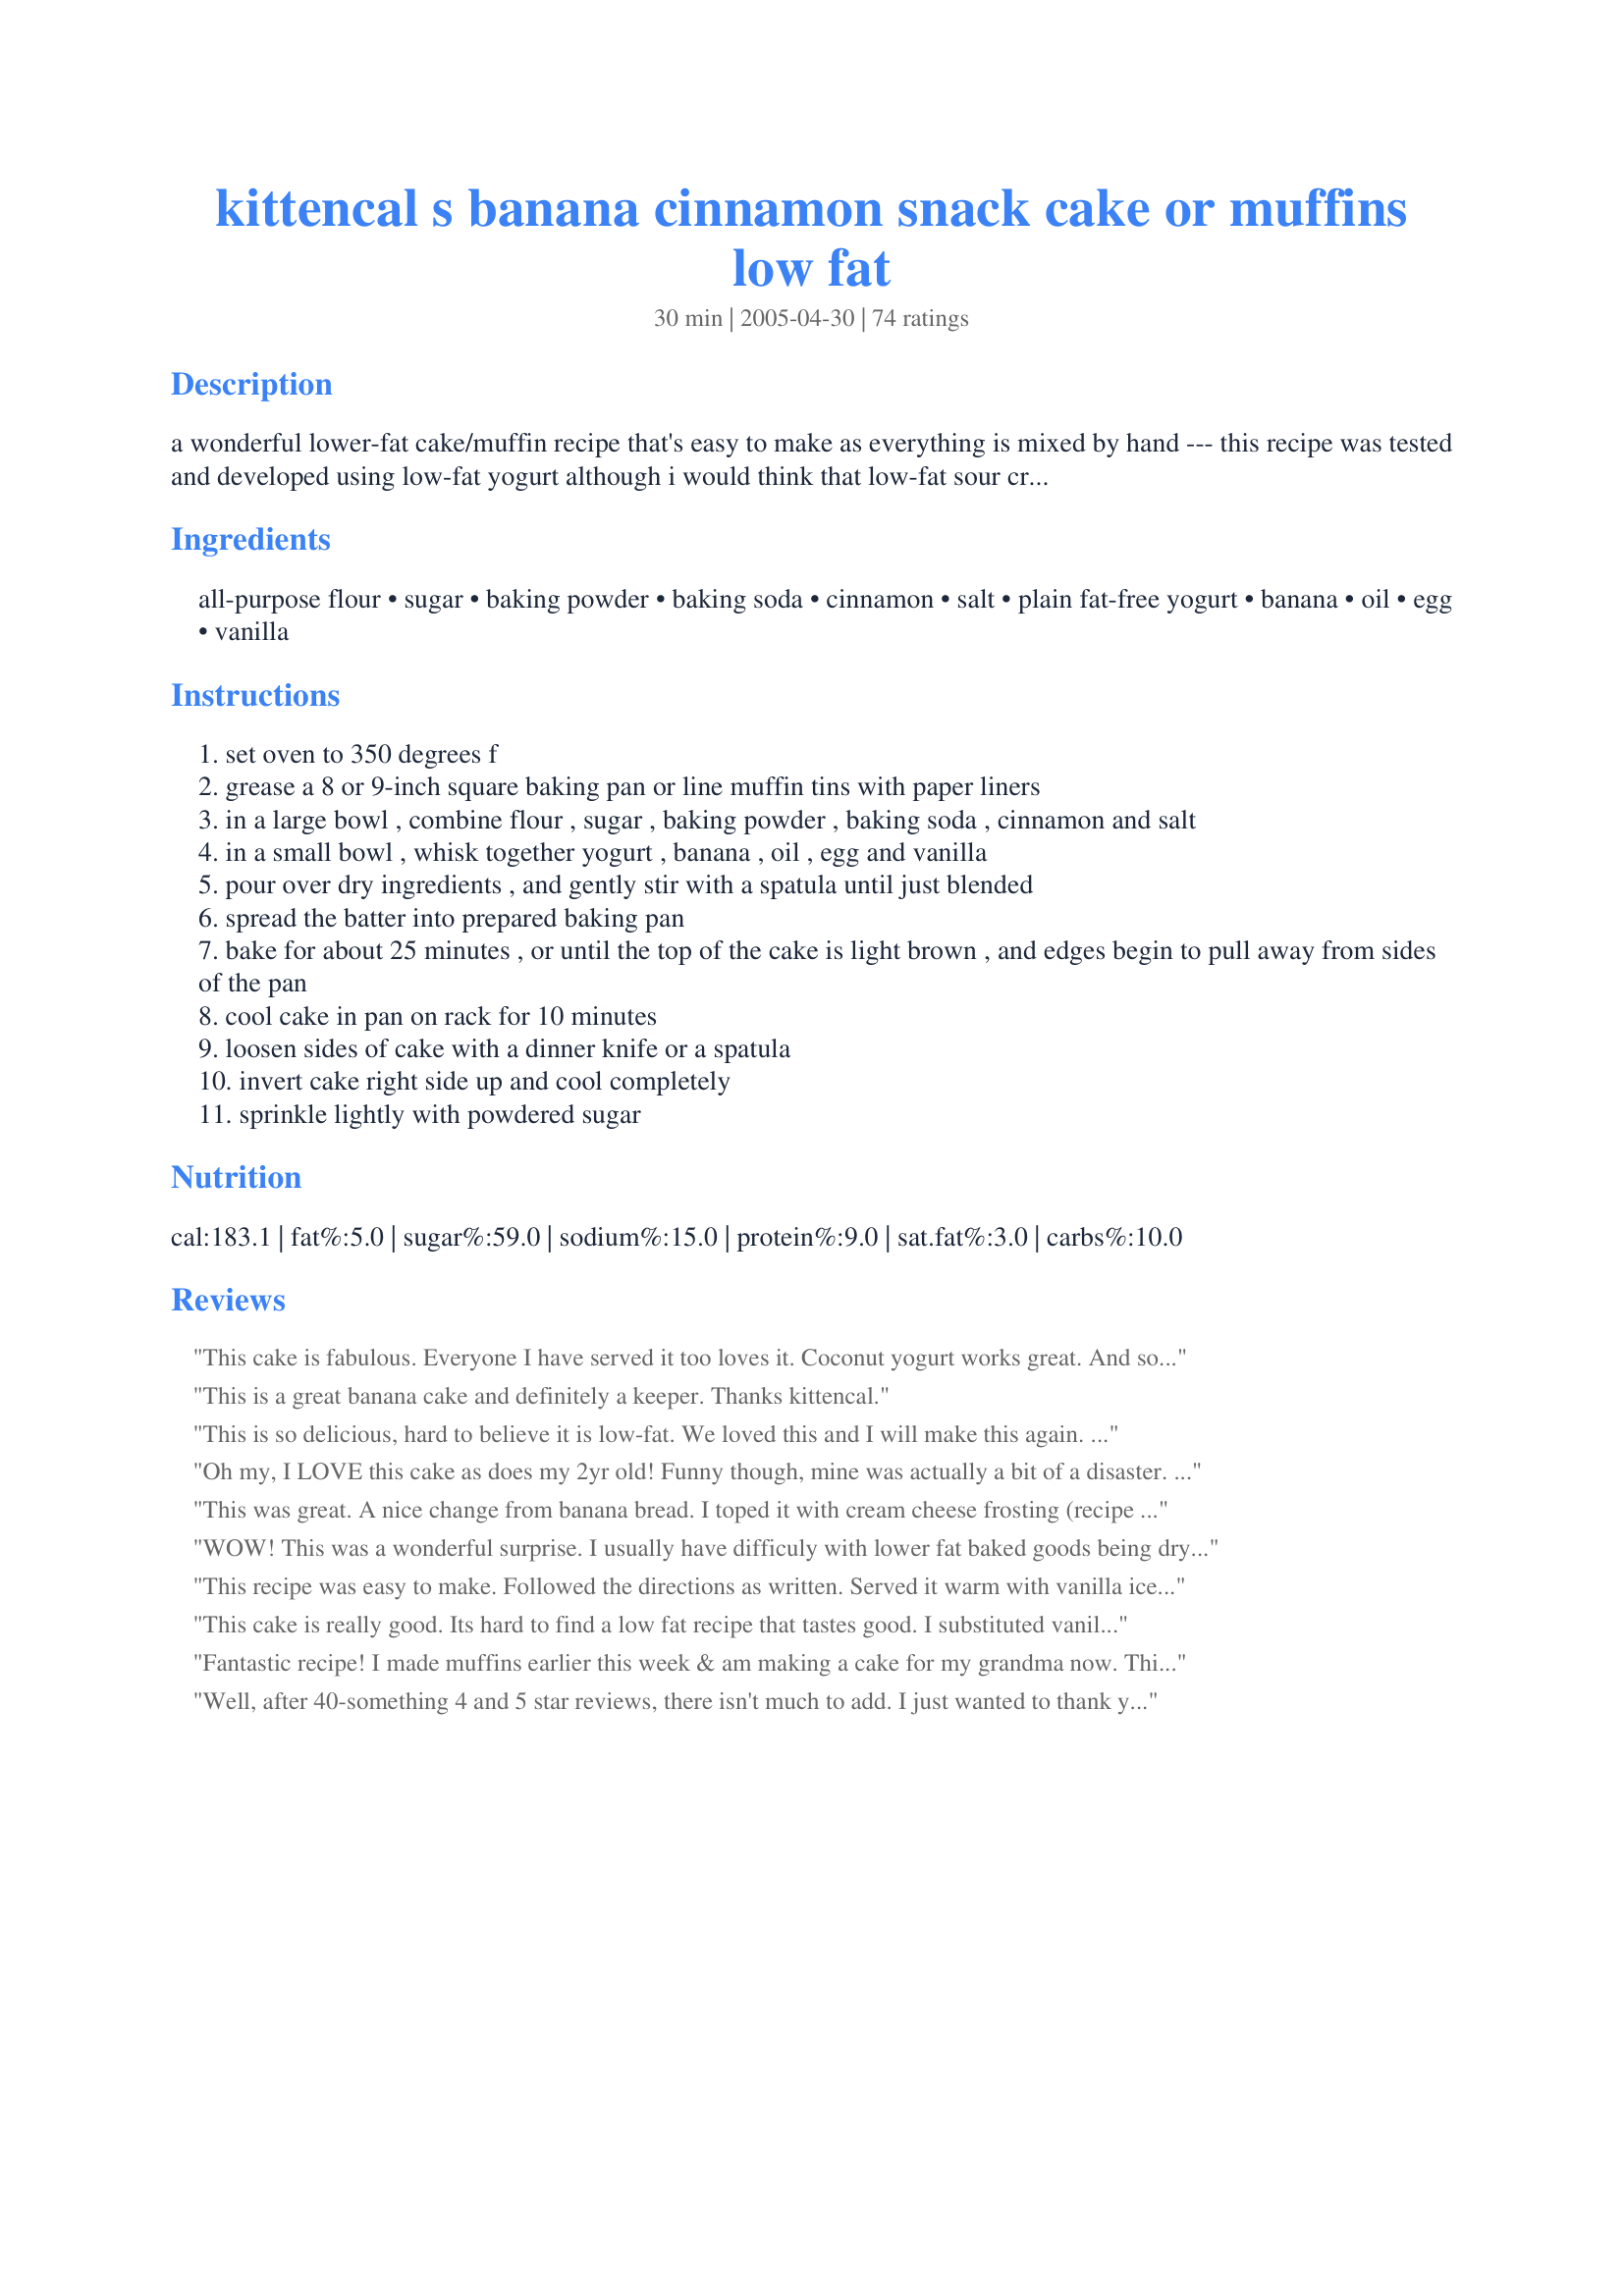
kittencal s banana cinnamon snack cake or muffins low fat
Preparation time: 30 minutes

a wonderful lower-fat cake/muffin recipe that's easy to make as everything is mixed by hand --- this recipe was tested and developed using low-fat yogurt although i would think that low-fat sour cream may be substituted with good results --- visit www.kittencalskitchen.com for more low-fat recipes!

Ingredients:
all-purpose flour, sugar, baking powder, baking soda, cinnamon, salt, plain fat-free yogurt, banana, oil, egg, vanilla

Steps:
set oven to 350 degrees f
grease a 8 or 9-inch square baking pan or line muffin tins with paper liners
in a large bowl , combine flour , sugar , baking powder , baking soda , cinnamon and salt
in a small bowl , whisk together yogurt , banana , oil , egg and vanilla
pour over dry ingredients , and gently stir with a spatula until just blended
spread the batter into prepared baking pan
bake for about 25 minutes , or until the top of the cake is light brown , and edges begin to pull away from sides of the pan
cool cake in pan on rack for 10 minutes
loosen sides of cake with a dinner knife or a spatula
invert cake right side up and cool completely
sprinkle lightly with powdered sugar

Reviews:
This cake is fabulous. Everyone I have served it too loves it. Coconut yogurt works great. And sometimes I put different toppings on it too. Once I used pecans and butterscotch chips. Today I&#039;m using coconut and choc chips. Also I ran out of flour so sub in some oats as part of the flour. It looks great so far. Taste test later
This is a great banana cake and definitely a keeper. Thanks kittencal.
This is so delicious, hard to believe it is low-fat. We loved this and I will make this again. I used low fat sour cream and it turned out perfect!
Oh my, I LOVE this cake as does my 2yr old! Funny though, mine was actually a bit of a disaster. I tried doubling the recipe and using a 9 by 13 pan (as another reviewer had used) but mine overflowed and the edges were way done before the middle. So I salvaged what I could around the sides and we have enjoyed every yummy bite. Next time I will stick to the original serving size. Thank you so much for an excellent recipe! I cannot wait to try it out again!!
This was great. A nice change from banana bread. I toped it with cream cheese frosting (recipe #55530) and we thought it was perfect! So simple to make.
WOW! This was a wonderful surprise. I usually have difficuly with lower fat baked goods being dry or having a 'spongy' texture. This cake was light, fluffy and very moist. I actually baked them into muffins and my family devoured them in one day!
This recipe was easy to make. Followed the directions as written. Served it warm with vanilla ice cream and a drizzle of caramel topping.
This cake is really good. Its hard to find a low fat recipe that tastes good. I substituted vanilla yoghurt instead of plain (like another reader mentined)as that's all I had. I did need to cook it about 15 minutes longer as it was not cooked after 25mins. I also added sultanas which worked well. Thank you kittencal for this great recipe.
Fantastic recipe! I made muffins earlier this week & am making a cake for my grandma now. This recipe was so simple, thank you for sharing. They taste so good, I can't believe that they are low fat.
Well, after 40-something 4 and 5 star reviews, there isn't much to add. I just wanted to thank you, once again, for a great recipe, Kittencal. This cake was really easy to throw together, and baked up nice, light and fluffy in exactly 25 minutes at 350. Perfect! I wanted to bake up a low fat sweet snack, and had to make do with what I had on hand. This recipe certainly fit the bill.
yummy recipes
These are great tasting and very easy to make. I used fat free banana cream yogurt as that's what I had and I also put walnuts in the batter. This made 9 generous sized muffins which took about 20 minutes to bake. They're nice and moist and have great banana flavor. Thanks Kittencal
This looked nice and had a light texture. I did use whole wheat pastry flour, which turned out fine. It's definitely not overly sweet. It would definitely be helped by a sweet frosting. I'm not planning on making it again, though.
This was a GREAT healthier banana cake! I made it with whole wheat flour, Splenda, nonfat yogurt and added banana extract. I also made a banana frosting but it was good without it too. I liked it much better chilled in the fridge. Made for the Zaar Stars tag game.
In memory 2008. Yummy! So moist with a hint of cinnamon. Quick, easy and I had almost everything on hand to make it. I did sub the yogurt for full fat sour cream. I left it right in the baking pan and did not top it with anything. It was delicious and most of it eaten before it cooled! Thanks for yet another winner in my home!
These were so delicious! I made them into mini muffins and used 1cup of strawberry yogurt and less than 1/2 cup of sugar. They were moist and not too sweet. Everyone loved them and didn't even know they were low fat. They were fantastic, thank you so much for this great recipe!
outstanding with very little effort...kids loved it.
This recipe was so delicious! I used Low-Fat vanilla yogurt and omitted the sugar, using closer to a cup of mashed banana rather than 3/4 of a cup. It made the cake extra moist and fluffy, and who doesn&#039;t like more bananas?!. I also sprinkled the top with light brown sugar which looked and tasted beautiful. I cut it into 9 big pieces at only 123.5 calories a piece!!
Very moist and delicious cake. I didn't have any yogurt or light sour cream so I used regular sour cream. So much for being low-fat but it was excellent.:) It was worth it.
So yummy!! My kids helped me make this, as I doubled the recipe. This made an 8x8 cake, and 18 muffins. This had great flavor, and hit the spot. They were sweet, but not too sweet. The banana flavor was very subtle. I also added a little bit of cinnamon/sugar mix on top of both the cake and muffins.
I made muffins and they were really excellent! I used low fat sour cream and 1/2 of flour amount was whole wheat. I also added about 1/2 each of mini chocolate chips and chopped walnuts. They were moist and flavorful.
Made this while here in Hawaii using apple bananas. This was nice and moist and we loved that it used so little oil. I used vanilla yogurt. Next time I will add walnuts and might even modify it changing the spices and replace the bananas for pumpkin or applesauce.
great recipe! very easy and healthy. can be done on the other side of the ocean, in Ukraine. thank you!
Very Good and Gluten-Free Friendly. I was able to substitute my gluten free flour by weight. It was necessary to bake it a little longer, but it was tasty and very moist.
Kit - this is TOO GOOD!! and simple too!! Used some "old" bananas and used low-fat vanilla yogurt. Added only about 1/2 cup of sugar (and would lower it even more next time!). Baked it for about 20 minutes and it was PERFECT. Thanks Kit! :)
This was tasty and easy to prepare. I did not have any yogurt on hand so I used low fat sour cream and it turned out great. Thanks for the recipe
I was very impressed by the texture of this cake. I enjoy doing low fat baking, but there is usually more of a texture change. I used only 1/2 of a cup of sugar since I used sweetened light vanilla yogurt. I also topped with pecans which toasted nicely in the oven. We enjoyed this for breakfast with tea. Thanks!
WOW this cake was so very good and moist. I increased the sugar. thanks KITTENCAL
YUMMY!! I just made these for breakfast and they were DELICIOUS!!! I did have to use some pumpkin to replace some of the banana since I only had one banana that I had in the freezer. (Bananas don&#039;t last long around our house....I think a bunch of monkeys live here) Anyway, about 1/2 of the banana was replaced with pumpkin. I also added 1/2 cup oatmeal for some texture and used all whole wheat flour instead of all purpose. They are definitely something I will be making often! Thanks for the great recipe!
Oh my heavens...SO WONDERFUL for such a light cake!!!! We LOVED it! I was trying to use up ripe banana's and came across this recipe because it had the lowest amount of sugar required of any other banana bread (I was almost completely out of sugar!) recipe. I used lowfat vanilla yogurt and had to sub a small amount of brown sugar in to make my 1/2 cup of sugar. This was outstanding! Super moist, super tasty and not at all lowfat tasting! My kids each had two helping of this for breakfast (which NEVER happens!) and my husband I also declared this one a true winner. Kitten...you've done it again! LOVED IT!
I liked this cake alot, and even added 1/2 cup chocolate chips at the end. I frosted it with the peanut butter frosting that a previous reviewer used. On a completely different note: I thought my pan was 9x9 but it must be an 8x8 because I baked my cake for 30 minutes and it appeared done (golden brown and pulling away from the sides) but when I cut into it it was undercooked in the middle. SO either I need to buy another pan or cook even longer...
Made this using light sour cream, and it turned out great! Made it as 12 muffins and baked for 20 minutes.
THis is awesome! Very moist and tastes good. Easy to make too. 
One funny thing. The pic that I say (pic 5) showed a very flat cake so I uses a pie pan...well if puffed up a lot and got all over my oven, but that was just my fault. Other then the mess (user error) the rest is super yummy.
This is great. Very light and fluffy. I was surprised that the texture wasn't dense. I used 1/2 nonfat vanilla yogurt and 1/2 light sour cream (it's what I had). Thanks! 2nd time around used container of Banana Cream Pie yogurt and some ff sour cream, 1/2 c. ww flour and 1 c. flour & splenda in place of sugar. I made it as a cake this time and made Peanut Butter Frosting using 1/2 c. Reduced Fat PB and 1/2 c. powdered sugar with some skim. Awesome!!
Lovely snack cake: easy to whip up and a delight to eat! I baked the cake some 5 minutes longer and might add a minute or two more the next time. I either didn't whisk or stir well enough, as I had wet bits of mashed banana here and there in the cake - better work on my technique!! ;-) Thanks for the recipe Kittencal!
EXCELLENT, MOIST and hard to believe it's low fat. I used low fat sour cream rather than yogurt. Also glazed it with thin powdered sugar glaze. We will continue to make this cake!
My favorite way to use ripe bananas. I frost with chocolate frosting. Will make this often!!
Easy to make and good tasting cake. I used low fat vanilla yogurt (did not have plain). My cake came out much darker looking then on the picture,probably beacuse of very ripe bananas I used and cinnamon. Would make it again,but next time will add nuts, it was lacking a texture.
Delicious! Didn't use frosting, just a light dusting of powdered sugar. I spent the whole weekend snacking on it. So did my husband and he's not big on banana baked goods.
Delicious. I halved the recipe (since I only had one small banana that was ripe enough). In doing so, I altered the halved ingredients by using 1/4 cup whole wheat flour, 1/2 cup unbleached flour, just under 1/4 cup sugar, one whole egg, and 1/2 cup nonfat plain yogurt. I will definitely make this again, and encourage others to make it as well!
Another 5 star recipe from you! Thank you. I used sour cream instead of yogurt. My girls and hubby put a little almond butter frosting on top...pretty much pb frosting with almondbutter instead of pb. I'm trying to lose weight so I enjoyed the cake plain. Super yummy.
Absolutely delish!! These were so moist and tasty, and very easy to make. I added 1/2 cup pecans, and baked up a dozen muffins, which took around 20 minutes to bake. Kitt, thanks for sharing another one of your excellent recipes!
Moist and fluffy, just right for a snack cake. I didn't frost it because my silly kitties (well, the youngest 2) insisted on sharing it with me. Anytime I have very ripe bananas I will probably turn to this recipe.
Awesome! I didn't have quite enough banana, so I put in a little milk. I used half Greek yogurt with honey and half Greek vanilla flavored yogurt, and cut the sugar down to less than 1/2 cup. It was a huge hit with no extra adornment. Thanks for a simple, delicious solution to what to do with that one overly-brown banana!
Wow. This was suprisingly delicious! I used coconut flour instead of plain and only 1/4 cup of sugar. I also added 1/2 cup of blueberries to the mix. They don't look that fabulous but far out they taste yum. I will be doing these often. Thanks
WOW - these were fabulous - the end of the search for the perfect banana low fat muffin. We made these into muffins and topped them with chopped walnuts. They have such great texture for a low fat muffin - very cake like, not rubbery. Thanks!
yum! super moist snack!! i used only 1/3 c. of loosely packed brown sugar and then added a thick sprinkle of cinnamon sugar and some quick oats on top. i didn't have fat-free yogurt, so i used 1 c. buttermilk. i didn't measure the banana, but i only had one and that's what i used. turned out great. next time i make it, i will use natural applesauce in place of the oil. thanks for a healthy and delish recipe!
The best low fat cake ever! Moist and wonderful, not too sweet (I only used 1/2 cup sugar since all I had was a sweetened vanilla yogurt). Was tempted, REALLY TEMPTED to top with cream cheese icing but opted the lower fat dusting of powdered sugar.
Thanks Kitten!
Yummy and moist, IMO, didn't need any frosting but I made a bit of icing using confectioner's sugar and amaretto spead on the warm cake to soak in. Also used about a tablespoon of amaretto in the cake batter itself. Delicious and was gone in less than 24 hours. I really appreciated this being a smaller size as there is just two of us. We can eat the whole thing and not feel too guilty!
Excellent cake!! I have made it two days in a row and changed it up just a bit each day. I subbed 1/2 cup whole wheat flour for ap flour, sour cream for yogurt and i added 2 tbsp wheat germ the first day. The second day again with the wheat flour, sour cream and wheat germ ... but I also subbed brown sugar for white and added 1 cup chopped walnuts. Great breakfast both days!! Both days it did take 30 minutes+ to bake.
Very, very moist cake! We loved it! I didn't have plain yogurt so I used a sugar-free banana yogurt I happened to have. Turned out fine. Thanks for posting.
I made muffins for work. I doubled the recipe, using sour cream in lieu of yogart. Made 24 regular size muffins which needed to bake 25 minutes in my oven. They were a lovely golden brown . I had sprayed the muffin tins with Pam (no liners) and they came out very easily without sticking. They were a big hit at my office.
This was a quick and delicious dessert. I used ff vanilla yogurt and topped it with Recipe #111131, using chocolate peanut butter. Banana, chocolate, peanut butter and cinnamon. Great combination. Also added chopped pecans to the batter and toffee bits on top!
Mmmm, yummy - even without frosting! Nice and moist. I subbed applesauce for half of the yogurt.
I was in the mood for something light for a snack and this was just the right choice. Quick to mix up and only requiring 2 tablespoons oil, the only change I made was using buttermilk for the yogurt.It bakes up quicker than a traditional banana bread which allowed it to make a quick dessert. The cake baked up very light but with a good denseness that cut neatly. I served it plain and it went great with a cup of tea. Thanks Kittencal!

Roxygirl
Perfection! Made this for my two little monkeys when we had brown bananas and needed some excitement on a humdrum weeknight. Why would you ever make a full fat version when this is so moist, decadent, and rich? We are in love and this is now our new go to when the bananas turn brown. Thanks Kitten!
Loved it. I tweeked it though for a low carb desert Changed to coconut flour and 1tbs if flax meal. Splenda instead of sugar, Used oikos zero yogurt just added 2tbs of almond milk and extra tsp of oil. Ps I used olive oil &quot;what I had on hand&quot;. Came out yummy
I am always looking for healthier snack and dessert recipes for the diabetic in my house. This recipe was wonderful! I used Splenda instead of sugar, and it came out so moist and fluffy and nicely-risen. I've not had much luck in the past adapting recipes by substituting Splenda, as many recipes turn out flat or dry, but I was very pleasantly surprised this time! The whole family enjoyed this. I know I will be making this again and again. Thanks so much for a great recipe!
Divine! Airy, soft and moist. Just the perfect amount of sweetness for me with the 1/2 cup of sugar.
This was a great way to get a little sweet without a ton of fat and calories. I loved how quick and easy it was to mix up. Thanks for sharing the recipe.
This recipe is very moist. I used 2 medium-sized bananas and only 1/2 cup sugar. It'd taste great with tea!
Another fantastic Kittencal recipe!! I used low fat sour cream and it did not seem to affect the cake at all, it rose nice and high and was incredibly moist. The banana and cinnamon flavors are exquisite together, I would have never thought it to be so. I do have to mention I did break a spatula during the folding...so I gently used a wire whisk instead. I topped this cake with a browned butter glaze and it was absolutely delectable.
More than 5 stars. I will make this again and again. Just a few notes so I can do it again. I doubled the recipe for a 9 x 13 pan, no problem at all, in fact, it rose very tall. Cooked in about 35-40 minutes in a convection oven. I used part whole wheat flour and a/2 sugar, 1/2 Splenda, only 1 tsp cinnamon for the doubled cake. 2 small French yogurt containers, I used fat free = 1 cup. I tossed in some mini chocolate chips, just because I had them and frosted with light cream cheese frosting. I took it to tea at a friend's house and they kept all the leftovers, not what I was planning. Really really extremely nice, got to be one of my top 10 here at Zaar. And such a simple thing too.
This makes a nice quick cake and is perfect for a small family. I didn't think you banana was ripe enough to give a really good flavor so instead of the vanilla, I used banana flavoring. For the sugar, I used 1/2 Splenda and 1/2 white sugar. The cake was moist and delicious. I topped it off with Creamy Peanut Butter Frosting Recipe #111131 
by CoolMonday.
I made this cake with lite sour cream in place of the yogurt and it worked out fine. I cut the cinnamon to 1/2 tsp. because I wanted the banana flavor to really shine through. It is excellent and I love that it is low fat. Thanks for posting.
AWESOME!! I decided to make this cake because I had some bananas to use up & this recipe is very low in fat when you use fat-free yogurt (which I did). But, I expected it to be barely edible but good for me. Was I pleasantly surprised!! This cake is so rich & moist & fabulous. I didn't even frost or sprinkle with sugar. And, since it is so low in fat, I've been eating a piece for breakfast every day. Next time I may just make muffins with this recipe.
Wonderful. I made it in a heart pan to honor the fact that it's very heart healthy. I used 3/4 cup of Splenda for the sugar, 1/2 cup of fat free sour cream that I needed to use and 1/2 a cup of the plain fat free yogurt and 1/4 cup of egg white. OK, I admit to using a "generous" tsp of cinnamon and I sprinkled my slice with Splenda cinnamon. It's very moist, tender something that everyone in the family will love. It's very easy to make and starts rising before you can get it out of the bowl and into the pan. Thank you so much Kittzen!
fantastic recipe Kittencal! I doubled it and put it in a bundt pan. I also used splenda and used vanilla yogurt...It turned out great! Thanks...
I cant believe I didnt review this!! I thought I did....anyways, I made this into mini muffins and it was great! I added some chopped almonds to the mix just for some texture and it was so great. I made one batch without a topping and another batch with a broiled sugar and nut topping. It was so good and nobody guessed it was low fat until I mentioned it and all of a sudden all my muffins were gone by the end of the day! :)
** Just wondering if anyone's tried making this with low fat buttermilk instead of yogurt?**
This was a great recipe, so moist, so perfect. I wasnt looking for a lowfat recipe this just worked for what I had in my house, and I figured if Kittencal posted it and 60 others love it, it must be good. You would never know it was low fat, in fact it is better than some full-fat banana breads Ive had. I used almond extract instead of the vanilla, but not as much. It was soo goood. Thank you for posting :)
made this with 2 bananas, fat free sour cream, a dash of nutmeg, a dash of cloves, and melted butter instead of oil (i was out!). it baked up very nicely, and smelled delicious! i'm giving it as a present, so i can't attest to the taste - but how could you go wrong???
thanks so much!
I used 1 cup bread flour and 1/2 cup whole wheat flour (i didn't have regular all purpose) and fage greek yogurt full fat. i also used 2 bananas, which was closer to 1 cup. The texture was a bit chewy and very moist, probably because of the flour and extra bananas, but we love the flavor! i will make this again for sure.
Kittencal,
I've never gone wrong with any of your recipes. This was a delightfully light snack cake that takes only a few minutes to put together. I make my own yogurt and used the low fat (skim milk) version also the half cup of sugar was plenty for our tastes. This is a great cake for hurried weeknight dinners and leftovers for the lunch box the next day. The entire family asked for this one again. Thanks for sharing!
I made this into twelve regular size muffins instead of a cake. I used regular plain yogurt since that is what I had on had. That made them higher in fat content, but they were so good warm with a glass of milk. My muffins were done in about 16 - 17 minutes. Next time I will add a bit more cinnamon-personal preference- and perhaps a few pecans, walnuts or raisins. This recipe is a keeper!
